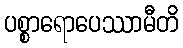
ပစ္စာရောပေဿာမီတိ